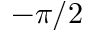
- \pi / 2